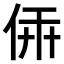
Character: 𠉔